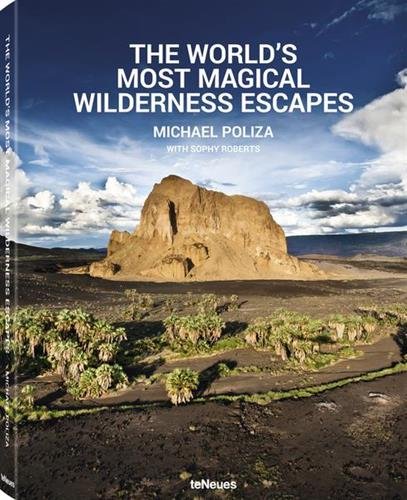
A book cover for The World's Most Magical Wilderness Escapes; Travel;